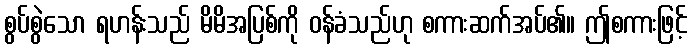
စွပ်စွဲသော ရဟန်းသည် မိမိအပြစ်ကို ဝန်ခံသည်ဟု စကားဆက်အပ်၏။ ဤစကားဖြင့်